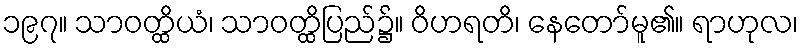
၁၉၇။ သာဝတ္ထိယံ၊ သာဝတ္ထိပြည်၌။ ဝိဟရတိ၊ နေတော်မူ၏။ ရာဟုလ၊